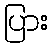
ပြား